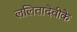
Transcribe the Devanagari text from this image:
ललितादेवीके